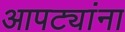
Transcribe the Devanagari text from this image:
आपट्यांना